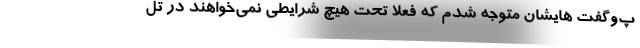
پ‌و‌گفت هایشان متوجه شدم که فعلاً تحت هیچ شرایطی نمی‌خواهند در تل